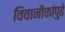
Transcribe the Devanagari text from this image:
विवानौकांपुढे